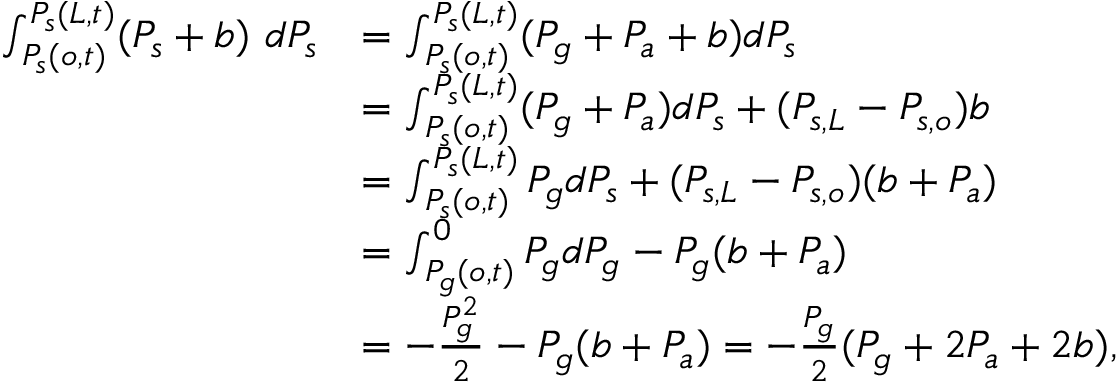
\begin{array} { r l } { \int _ { P _ { s } ( o , t ) } ^ { P _ { s } ( L , t ) } ( P _ { s } + b ) \ d P _ { s } } & { = \int _ { P _ { s } ( o , t ) } ^ { P _ { s } ( L , t ) } ( P _ { g } + P _ { a } + b ) d P _ { s } } \\ & { = \int _ { P _ { s } ( o , t ) } ^ { P _ { s } ( L , t ) } ( P _ { g } + P _ { a } ) d P _ { s } + ( P _ { s , L } - P _ { s , o } ) b } \\ & { = \int _ { P _ { s } ( o , t ) } ^ { P _ { s } ( L , t ) } P _ { g } d P _ { s } + ( P _ { s , L } - P _ { s , o } ) ( b + P _ { a } ) } \\ & { = \int _ { P _ { g } ( o , t ) } ^ { 0 } P _ { g } d P _ { g } - P _ { g } ( b + P _ { a } ) } \\ & { = - \frac { P _ { g } ^ { 2 } } { 2 } - P _ { g } ( b + P _ { a } ) = - \frac { P _ { g } } { 2 } ( P _ { g } + 2 P _ { a } + 2 b ) , } \end{array}